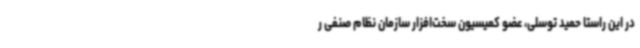
در این راستا حمید توسلی، عضو کمیسیون سخت‌افزار سازمان نظام صنفی ر